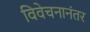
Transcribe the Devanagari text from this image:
विवेचनानंतर